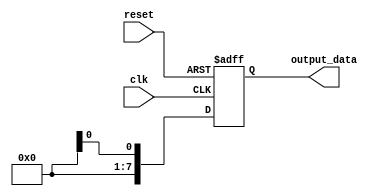
module behavior_modeling_block (
    input wire clk,
    input wire reset,
    output reg [7:0] output_data
);

always @(posedge clk or negedge reset) begin
    if (reset == 0) begin
        // Reset the output_data to 0
        output_data <= 8'b00000000;
    end else begin
        // Update the output_data based on the behavior of the circuit
        // This can be your custom logic
        // For example, assign the output_data to some register value
        output_data <= some_register_value;
    end
end

endmodule